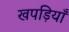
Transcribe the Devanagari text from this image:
खपड़ियाँ